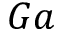
G a